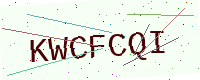
Text: KWCFCQI